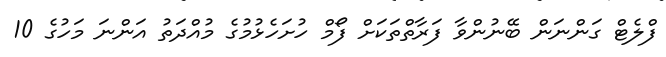
ފްލެޓް ގަންނަން ބޭނުންވާ ފަރާތްތަކަށް ފޯމް ހުށަހެޅުމުގެ މުއްދަތު އަންނަ މަހުގެ 10